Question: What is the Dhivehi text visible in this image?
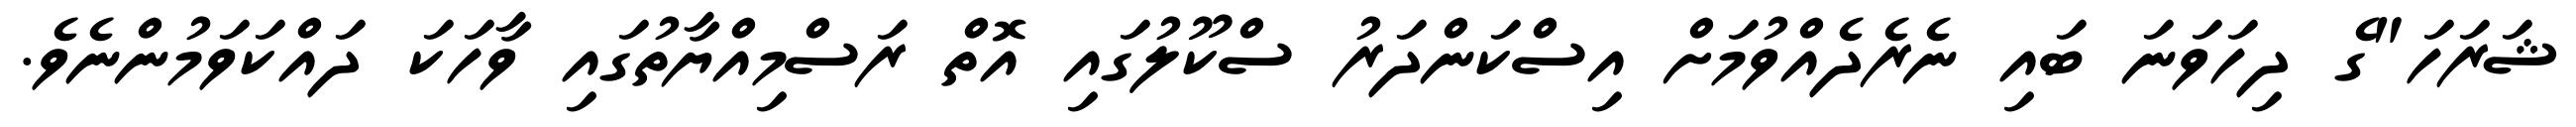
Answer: ޝަރަހަ"ގެ ދިހަވަނަ ބައި ނެރެދެއްވުމަށް އިސްކަންދަރު ސްކޫލުގައި އޮތް ރަސްމިއްޔާތުގައި ވާހަކަ ދައްކަވަމުންނެވެ.